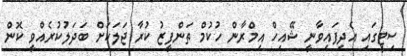
ސިޓީގައި އެދިފައިވާނީ ޝޭއިހް އިމްރާން ހުކުމް ތަންފީޒު ކުރާ ޖަލަކަށް ބަދަލުކުރެއްވީ ކޮން